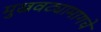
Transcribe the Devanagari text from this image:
मुखवट्यामागचे